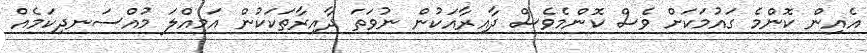
އެއިން ކޮންމެ ގައުމަކަށް ވެސް ކޮންމެވެސް ދާއިރާއަކުން ނުވަތަ ދާއިރާތަކަކުން އަމިއްލަ މުއްސަނދިކަމެއް